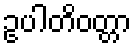
ဥပါတိဝတ္တာ